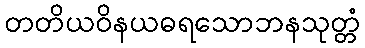
တတိယဝိနယဓရသောဘနသုတ္တံ